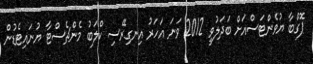
ޕޮގްބާ ޔުވެންޓަސްއަށް ބަދަލުވީ 2012 ވަނަ އަހަރު އިނގިރޭސި ކްލަބު މެންޗެސްޓާ ޔުނައިޓެޑުން